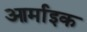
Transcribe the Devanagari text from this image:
आर्माइक